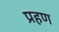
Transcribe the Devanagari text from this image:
प्रहण